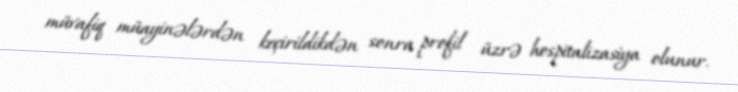
müvafiq müayinələrdən keçirildikdən sonra profil üzrə hospitalizasiya olunur.